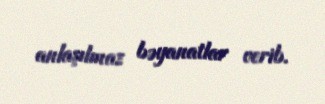
anlaşılmaz bəyanatlar verib.